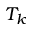
T _ { k }